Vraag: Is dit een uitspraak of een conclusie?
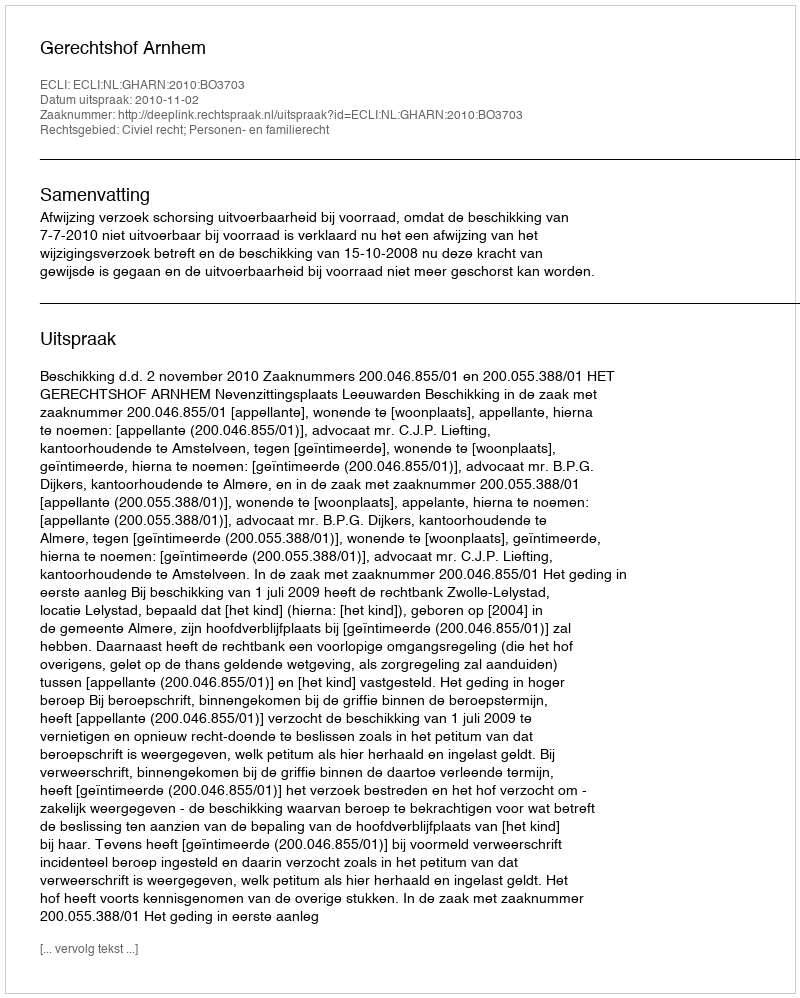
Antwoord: Uitspraak